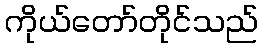
ကိုယ်တော်တိုင်သည်